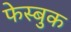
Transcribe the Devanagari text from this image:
फेस्बुक